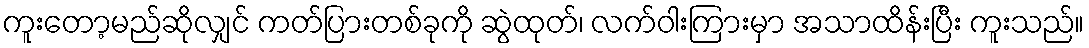
ကူးတော့မည်ဆိုလျှင် ကတ်ပြားတစ်ခုကို ဆွဲထုတ်၊ လက်ဝါးကြားမှာ အသာထိန်းပြီး ကူးသည်။